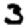
Digit: 3